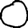
Digit: 0